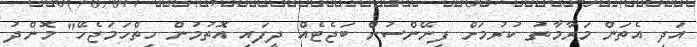
އަދި އެތަން މަރާމާތު ކުރުމަށް ފިނޭންސުން ބަޖެޓެއް ދީފައި އޮތުމުން ހިތްހަމަޖެހޭ" މޮންދު